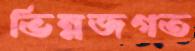
ভিন্নজগত